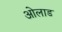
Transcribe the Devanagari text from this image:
ओलाड